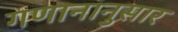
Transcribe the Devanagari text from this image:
गणानानुसार